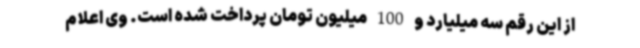
از این رقم سه میلیارد و 100 میلیون تومان پرداخت شده است. وی اعلام